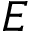
{ \cal E }